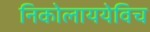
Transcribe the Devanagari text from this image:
निकोलाययेविच